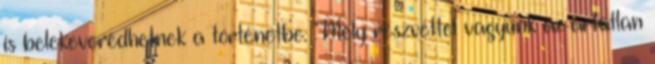
is belekeveredhetnek a történetbe. "Mély részvéttel vagyunk az ártatlan